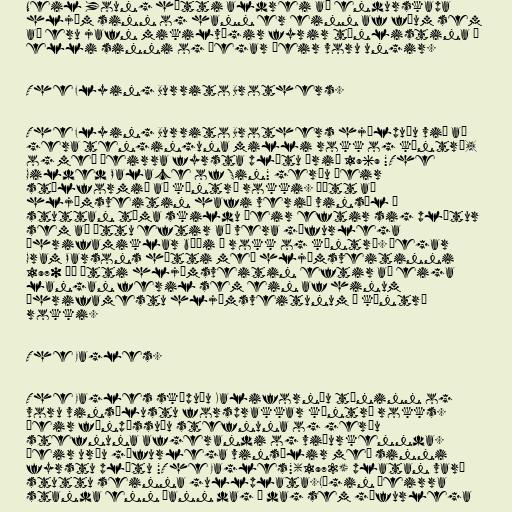
Neil Young hætti aldrei að endurskapa
hljóm sinn og hann er einn af fáum sem
að eru jafn mikilvægir fyrir tónlistina í
elli sinni og þegar þeir voru ungir.

The Flying Burrito Brothers.

The Flying Burrito Brothers hjálpuðu við að
gera tenginguna milli rokk og kántrí,
og með þeirra fyrsta plötu árið 1969 "The
Gilded Palace of Sin" gerðu þeir
stílformið að kántrí rokki. Þótt að
hljómsveitin hafi verið vinsæl í
stuttan tíma skildu þeir eftir sig plötur
sem að áttu eftir að vera gífurlega
áhrifamiklar bæði í rokk og kántrí. Þegar
Gram Parsons hætti með hljómsveitinni
1970 þá átti hljómsveitin eftir að eiga
langan feril sem ein af hinum
áhrifamestu hljómsveitunum í kántrí
rokki.

The Eagles.

The Eagles sköpuðu Kaliforníu tóninn og
voru vinsælustu forsprakkar kántrí rokks.
Þeir fínpússuðu stefnuna og gerðu
stefnuna afgerandi og viðurkennda.
Þeir urðu gífurlega vinsælir með sinni
fyrstu plötu "The Eagles"(1972) platan varð
stuttu seinna gullplata.Lögin þeirra
standa enn þann dag í dag sem gífurlega